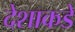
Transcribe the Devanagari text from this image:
देशाकडे